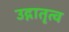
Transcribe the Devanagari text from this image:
उद्गातृत्व